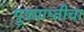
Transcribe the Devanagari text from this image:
पुत्रप्राप्‍तीचा